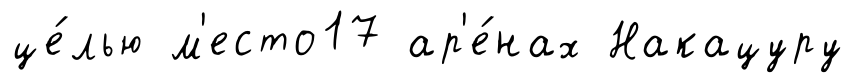
це́лью м'есто17 ар'е́нах Накацуру